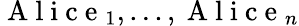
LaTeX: \mathrm{~A~l~i~c~e~}_{1},...,\mathrm{~A~l~i~c~e~}_{n}